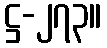
ဋ္ဌ-၂၇၃။